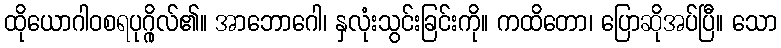
ထိုယောဂါဝစရပုဂ္ဂိုလ်၏။ အာဘောဂေါ၊ နှလုံးသွင်းခြင်းကို။ ကထိတော၊ ပြောဆိုအပ်ပြီ။ သော